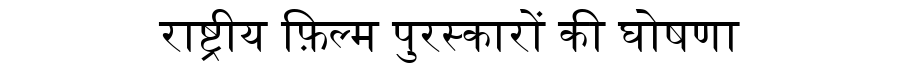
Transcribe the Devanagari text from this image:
राष्ट्रीय फ़िल्म पुरस्कारों की घोषणा